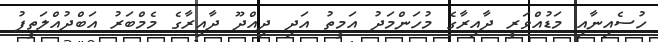
ހުސެއިނާއި މަޑުއްވަރީ ދާއިރާގެ މުހަންމަދު އަމީތު އަދި ދިއްދޫ ދާއިރާގެ މެމްބަރު އަބްދުއްލަތީފު